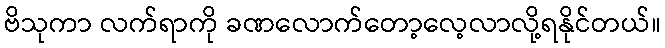
ဗိသုကာ လက်ရာကို ခဏလောက်တော့လေ့လာလို့ရနိုင်တယ်။